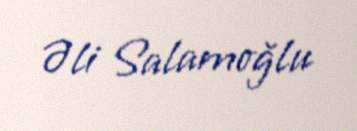
Əli Salamoğlu